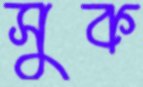
সুক